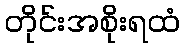
တိုင်းအစိုးရထံ